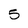
Character: 5